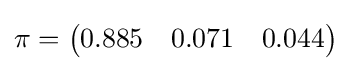
\pi ={\begin{pmatrix}0.885&0.071&0.044\end{pmatrix}}